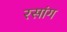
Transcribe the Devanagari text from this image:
रसांग